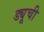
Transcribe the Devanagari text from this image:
ड्यूची